画像に写った文字を読んでください
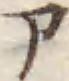
「ア」と書いてあります